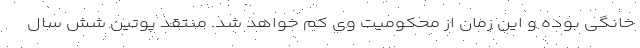
خانگی بوده و این زمان از محکومیت وی کم خواهد شد. منتقد پوتین شش سال